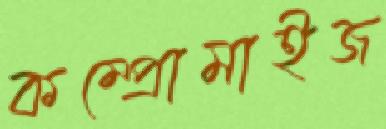
কম্প্রোমাইজ